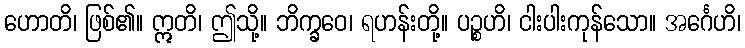
ဟောတိ၊ ဖြစ်၏။ ဣတိ၊ ဤသို့။ ဘိက္ခဝေ၊ ရဟန်းတို့။ ပဉ္စဟိ၊ ငါးပါးကုန်သော။ အင်္ဂေဟိ၊